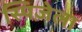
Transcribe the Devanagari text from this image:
स्पिज़ेला